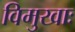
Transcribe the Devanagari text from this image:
विमुखाः